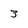
Character: 3